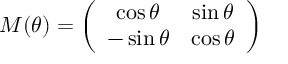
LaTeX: { \cal M } ( \theta ) = \left( \begin{array} { c c } { { \cos \theta } } & { { \sin \theta } } \\ { { - \sin \theta } } & { { \cos \theta } } \end{array} \right)